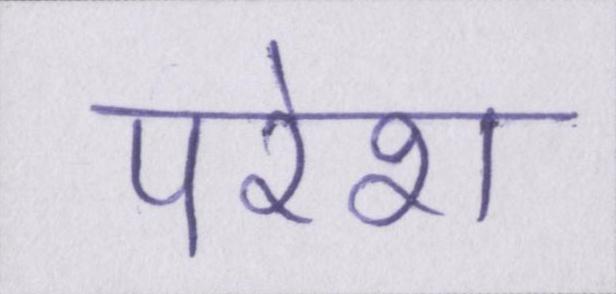
परेश